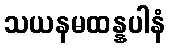
သယနမထန္နပါနံ